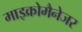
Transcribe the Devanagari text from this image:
माइक्रोमैनेजर